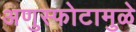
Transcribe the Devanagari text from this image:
अणुस्फोटामुळे